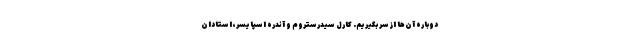
دوباره آن‌ها از سر بگیریم. کارل سیدرستروم و آندره اسپایسر، استادان